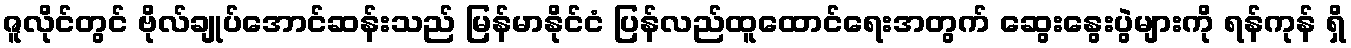
ဇူလိုင်တွင် ဗိုလ်ချုပ်အောင်ဆန်းသည် မြန်မာနိုင်ငံ ပြန်လည်ထူထောင်ရေးအတွက် ဆွေးနွေးပွဲများကို ရန်ကုန် ရှိ